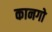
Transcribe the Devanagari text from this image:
कानगो